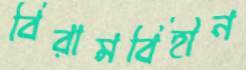
বিরামবিহীন